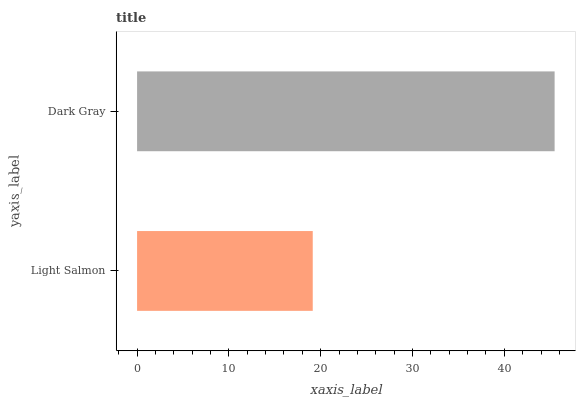
| yaxis_label | bars |
 | --- | --- |
 | Light Salmon | 19.1 |
 | Dark Gray | 45.5 |